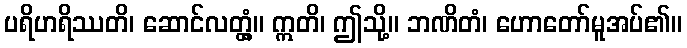
ပရိဟရိဿတိ၊ ဆောင်လတ္တံ့။ ဣတိ၊ ဤသို့။ ဘဏိတံ၊ ဟောတော်မူအပ်၏။